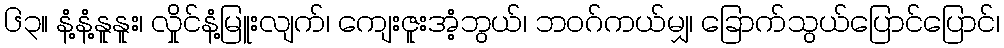
၆၃။ နံ့နံ့နူနူး၊ လှိုင်နံ့မြူးလျက်၊ ကျေးဇူးအံ့ဘွယ်၊ ဘဝဂ်ကယ်မျှ၊ ခြောက်သွယ်ပြောင်ပြောင်၊